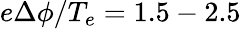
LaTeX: e\Delta\phi/T_{e}=1.5-2.5